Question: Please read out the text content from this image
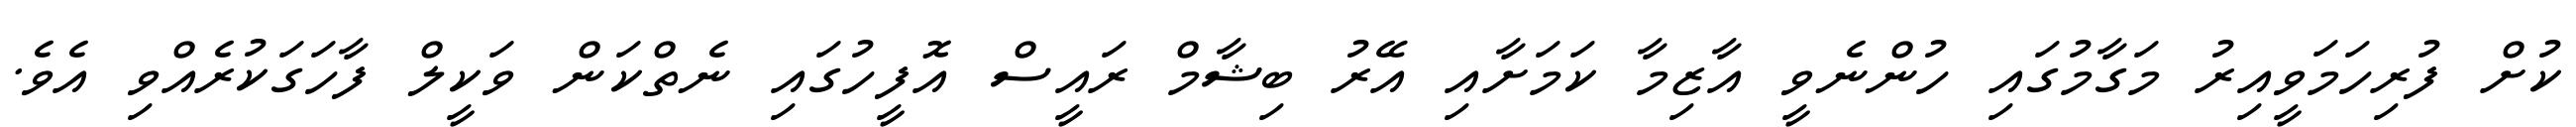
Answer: ކުށް ފުރިހަމަވީއިރު މަގާމުގައި ހުންނެވީ އާޒިމާ ކަމަށާއި އޭރު ބިޝާމް ރައީސް އޮފީހުގައި ނެތްކަން ވަކީލް ފާހަގަކުރެއްވި އެވެ.